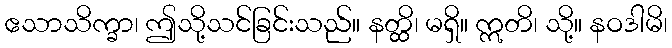
ဧသာသိက္ခာ၊ ဤသို့သင်ခြင်းသည်။ နတ္ထိ၊ မရှိ။ ဣတိ၊ သို့။ နဝဒါမိ၊